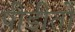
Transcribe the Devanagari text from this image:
पीडीतों